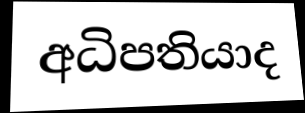
අධිපතියාද